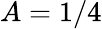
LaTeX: A=1/4